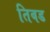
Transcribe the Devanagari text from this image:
तिबड